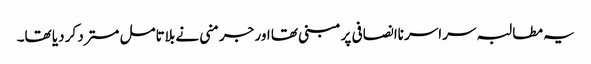
یہ مطالبہ سراسر ناانصافی پر مبنی تھا اور جرمنی نے بلاتامل مسترد کر دیا تھا۔